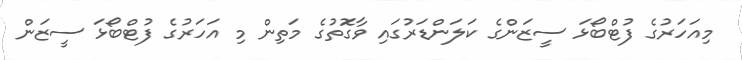
މިއަހަރުގެ ފުޓްބޯޅަ ސީޒަންގެ ކަލަންޑަރުގައި ވާގަޮތުގެ މަތިން މި އަހަރުގެ ފުޓްބޯޅަ ސީޒަން